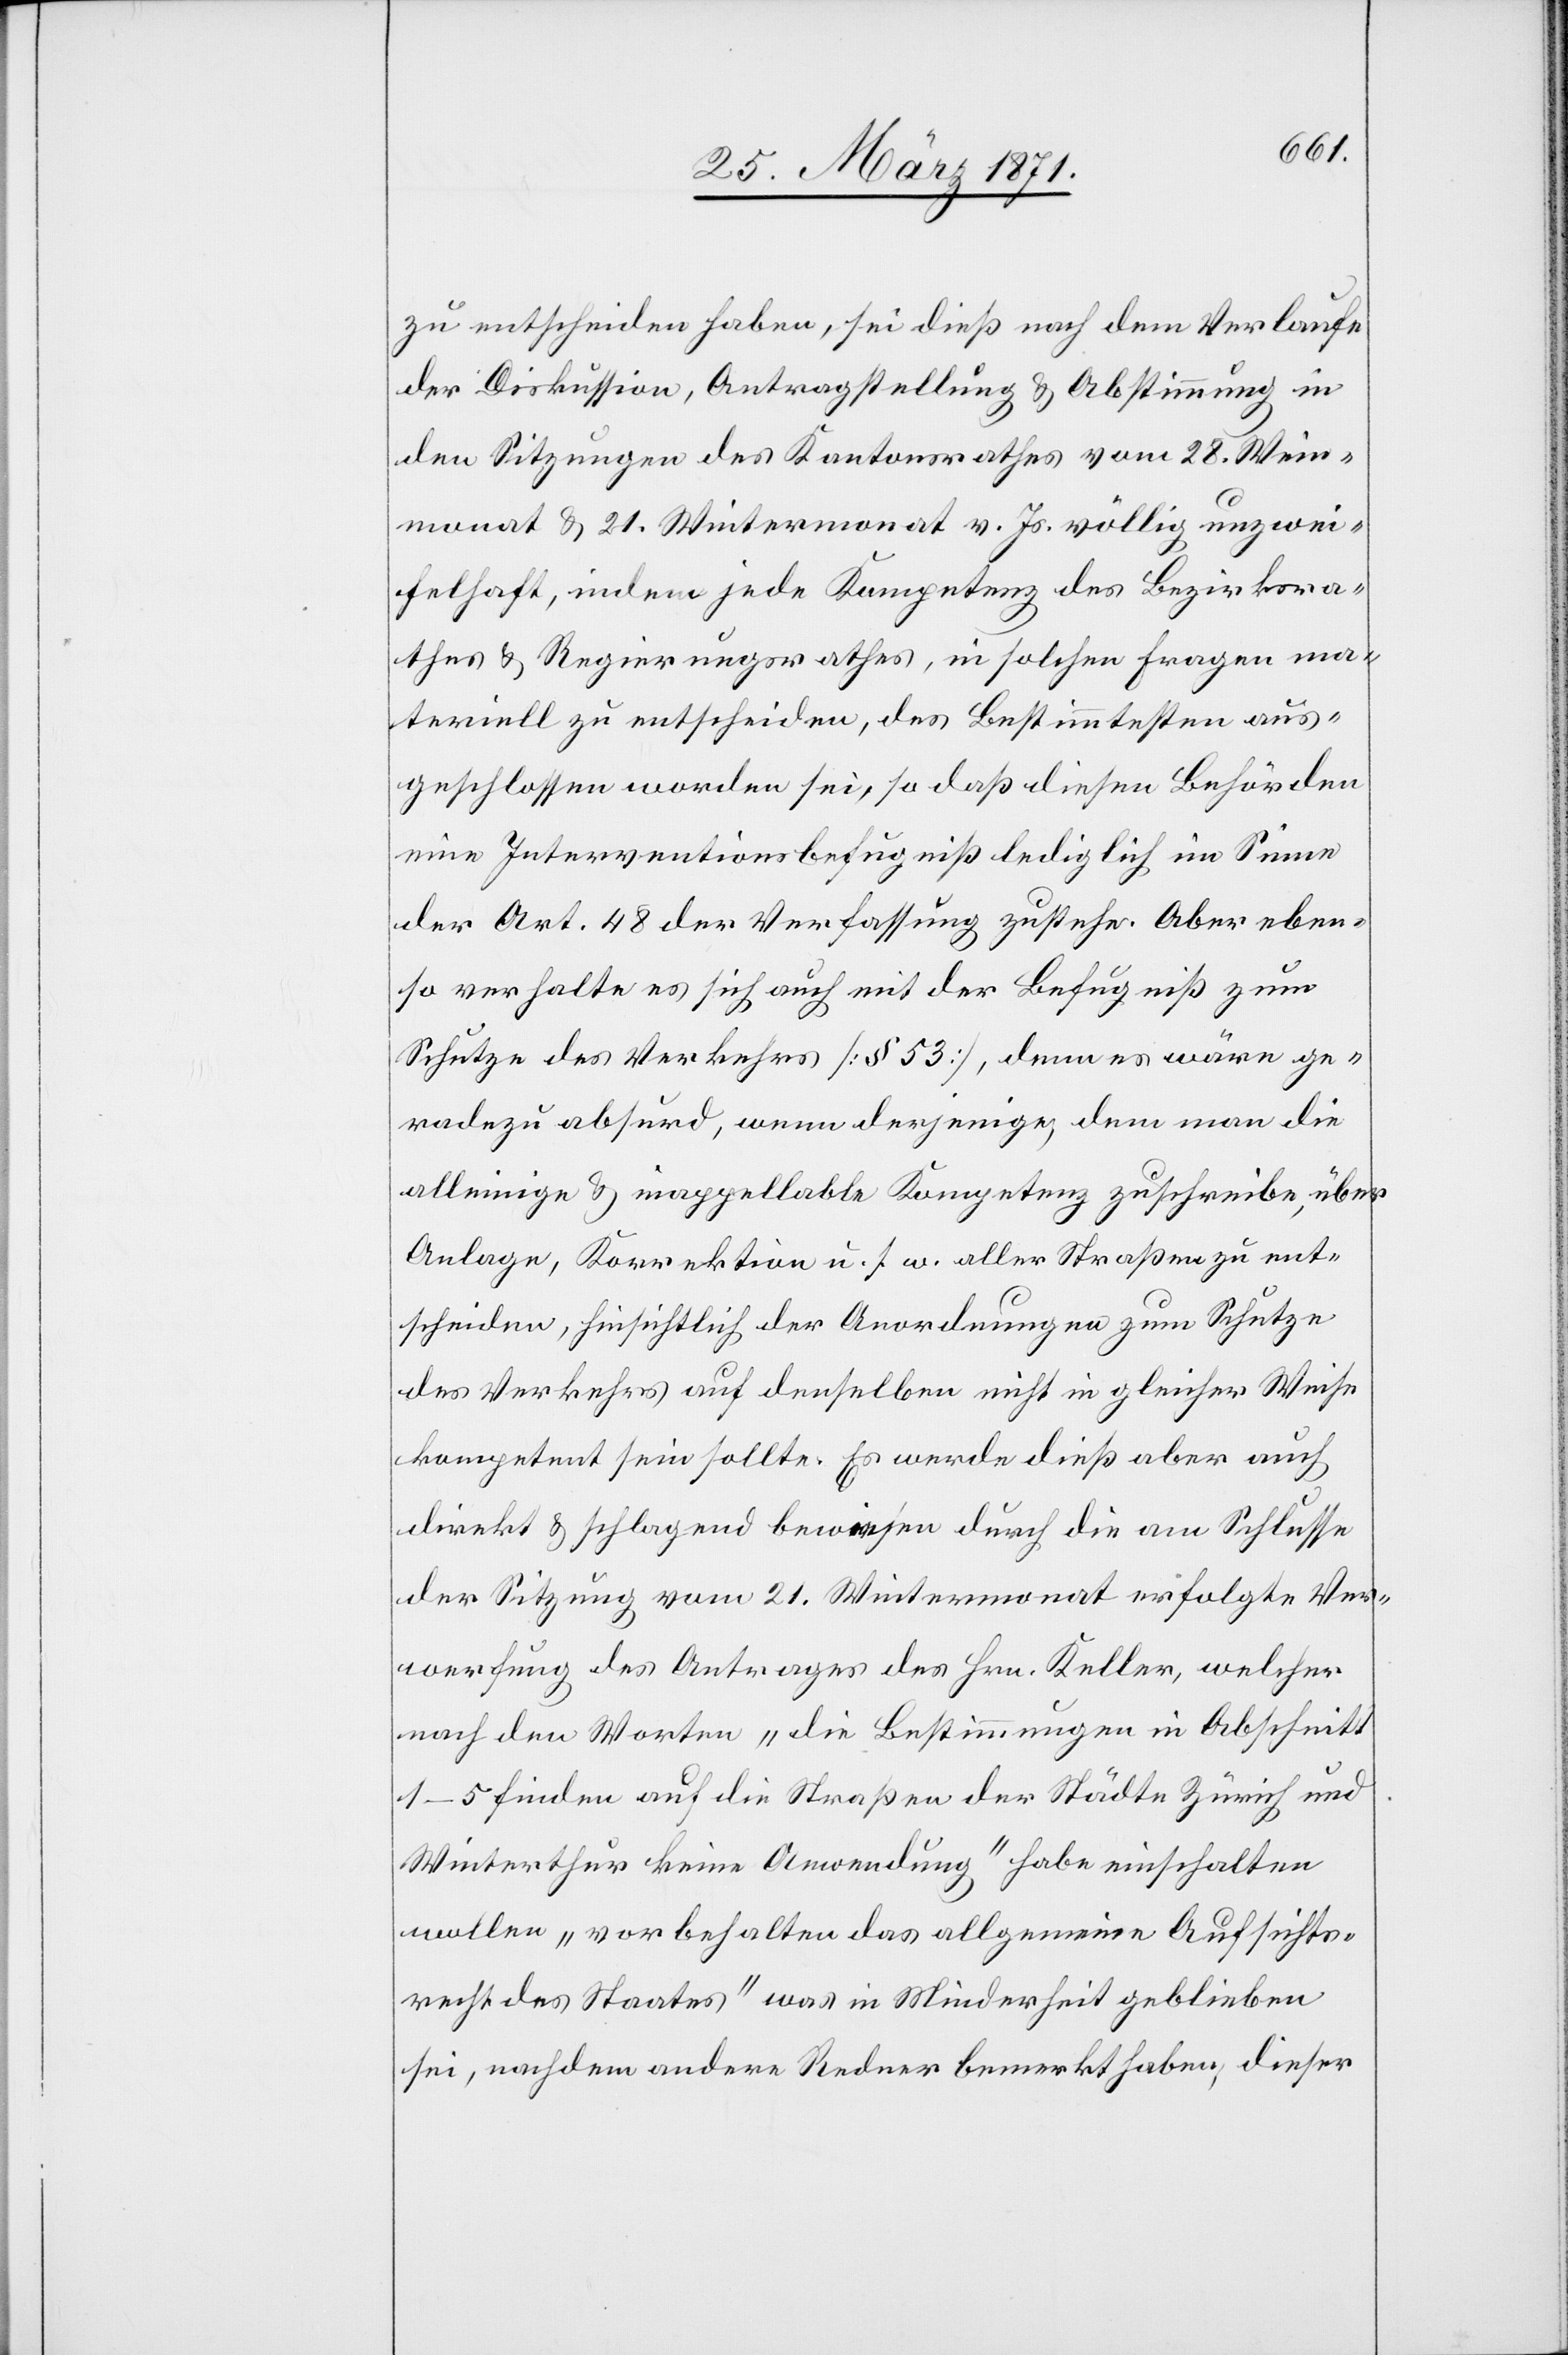
zu entscheiden haben, sei dieß nach dem Verlaufe
der Diskussion, Antragstellung u. Abstimmung in
den Sitzungen des Kantonsrathes vom 28. Wein¬
monat u. 21. Wintermonat v. Js. völlig unzwei¬
felhaft, indem jede Kompetenz des Bezirksra¬
thes u. Regierungsrathes, in solchen Fragen ma¬
teriell zu entscheiden, des Bestimmtesten aus¬
geschlossen worden sei, so daß diesen Behörden
eine Interventionsbefugniß lediglich im Sinne
der Art. 48 der Verfassung zustehe. Aber eben¬
so verhalte es sich auch mit der Befugniß zum
Schutze des Verkehrs [§ 53], denn es wäre ge¬
radezu absurd, wenn derjenige, dem man die
alleinige u. inappellable Kompetenz zuschreibe, über
Anlage, Korrektion u. s. w. aller Straßen zu ent¬
scheiden, hinsichtlich der Anordnungen zum Schutze
des Verkehrs auf denselben nicht in gleicher Weise
kompetent sein sollte. Es werde dieß aber auch
direkt u. schlagend bewiesen durch die am Schlusse
der Sitzung vom 21. Wintermonat erfolgte Ver¬
werfung des Antrages des Hrn. Keller, welcher
nach den Worten „die Bestimmungen in Abschnitt
1–5 finden auf die Straßen der Städte Zürich und
Winterthur keine Anwendung“ habe einschalten
wollen „vorbehalten das allgemeine Aufsichts¬
recht des Staates“ was in Minderheit geblieben
sei, nachdem andere Redner bemerkt haben, dieser